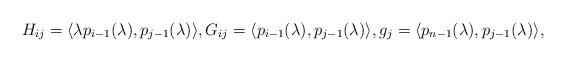
LaTeX: \begin{align*} H_{ij} = \langle \lambda p_{i-1}(\lambda), p_{j-1}(\lambda)\rangle, G_{ij} = \langle p_{i-1}(\lambda), p_{j-1}(\lambda)\rangle, g_j = \langle p_{n-1}(\lambda), p_{j-1}(\lambda)\rangle,\end{align*}